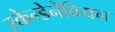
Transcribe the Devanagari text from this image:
स्केन्डेनेवियन